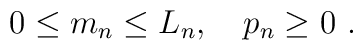
0\le m_n\le L_n,\quad p_n\ge 0 \ .